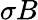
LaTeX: \sigma B